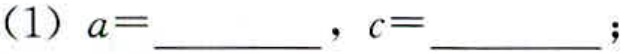
(1) \(a = \underline{\qquad}, c=\underline{\qquad}\);